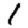
Digit: 1